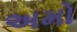
અમો